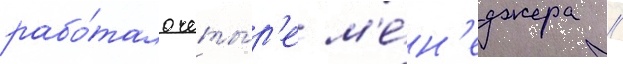
рабо́тало четы́р'е м'е́н'еджера //